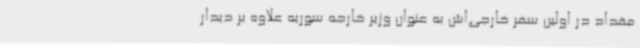
مقداد در اولین سفر خارجی‌اش به عنوان وزیر خارجه سوریه علاوه بر دیدار